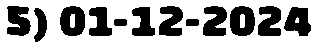
5) 01-12-2024